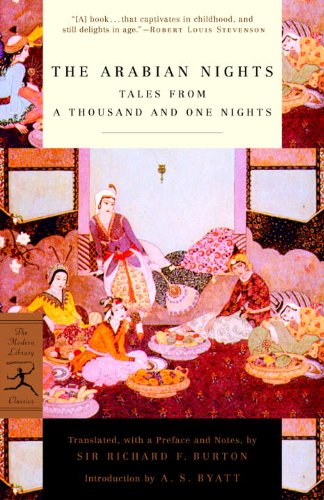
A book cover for The Arabian Nights: Tales from a Thousand and One Nights (Modern Library Classics); Literature & Fiction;